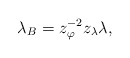
\begin{align*}\lambda _{B}=z_{\varphi }^{-2}z_{\lambda }\lambda ,\end{align*}